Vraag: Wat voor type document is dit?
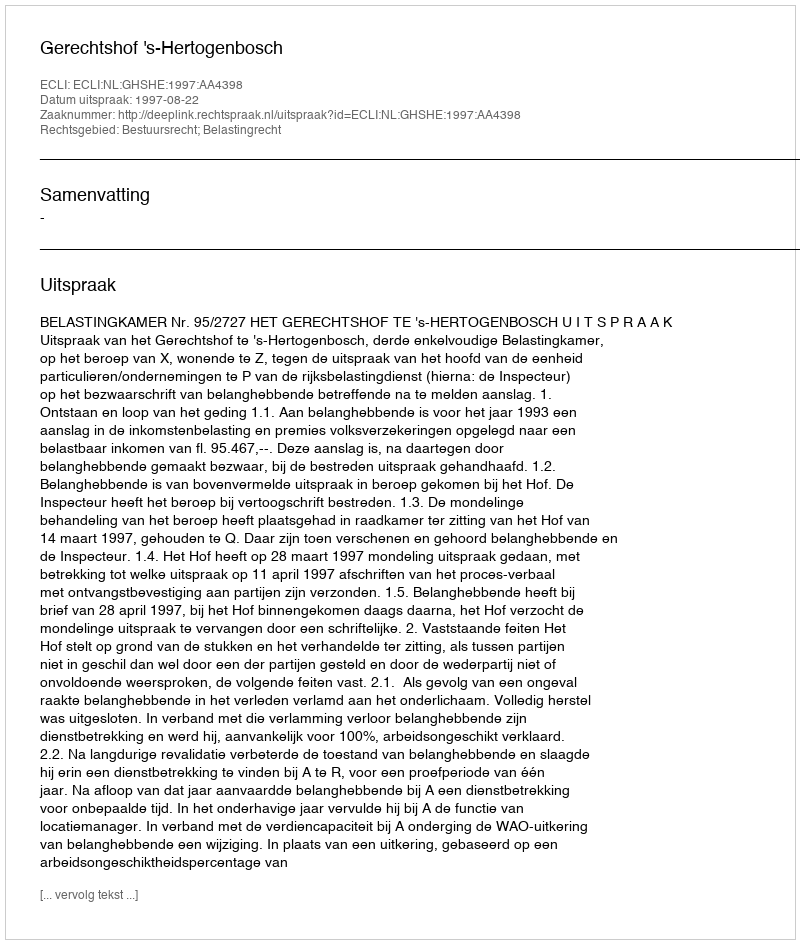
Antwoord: Uitspraak